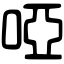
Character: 啞